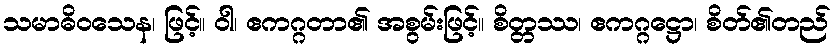
သမာဓိဝသေန၊ ဖြင့်။ ဝါ၊ ဧကဂ္ဂတာ၏ အစွမ်းဖြင့်။ စိတ္တဿ၊ ဧကဂ္ဂဋ္ဌော၊ စိတ်၏တည်